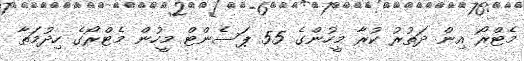
މެޓްރޯ އިން ދަތުރު ކުރާ މީހުންގެ 55 ޕަސެންޓް މީހުން މެޓްރޯގެ ހިދުމަތާ